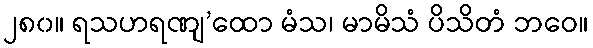
၂၈၀။ ရသဟရဏျ’ထော မံသ၊ မာမိသံ ပိသိတံ ဘဝေ။